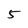
Character: 5